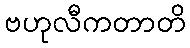
ဗဟုလီကတာတိ